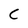
Character: C